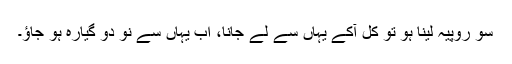
سو روپیہ لینا ہو تو کل آکے یہاں سے لے جانا، اب یہاں سے نو دو گیارہ ہو جاؤ۔